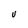
Character: U